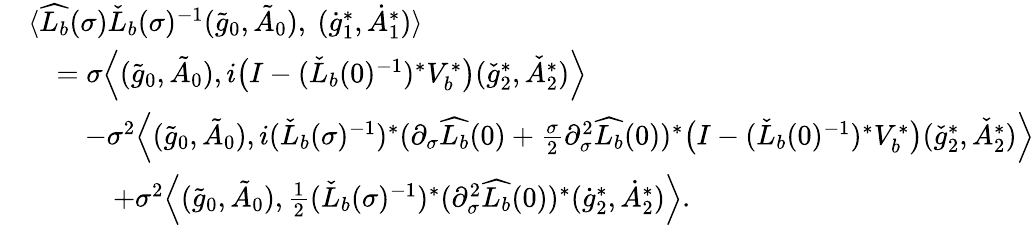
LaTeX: \begin{array}{rl}&{\langle\widehat{L_{b}}(\sigma)\check{L}_{b}(\sigma)^{-1}(\tilde{g}_{0},\tilde{A}_{0}),\ (\dot{g}_{1}^{*},\dot{A}_{1}^{*})\rangle}\\ &{\quad=\sigma\Big\langle(\tilde{g}_{0},\tilde{A}_{0}),i\big(I-(\check{L}_{b}(0)^{-1})^{*}V_{b}^{*}\big)(\check{g}_{2}^{*},\check{A}_{2}^{*})\Big\rangle}\\ &{\quad\quad-\sigma^{2}\Big\langle(\tilde{g}_{0},\tilde{A}_{0}),i(\check{L}_{b}(\sigma)^{-1})^{*}(\partial_{\sigma}\widehat{L_{b}}(0)+\frac{\sigma}{2}\partial_{\sigma}^{2}\widehat{L_{b}}(0))^{*}\big(I-(\check{L}_{b}(0)^{-1})^{*}V_{b}^{*}\big)(\check{g}_{2}^{*},\check{A}_{2}^{*})\Big\rangle}\\ &{\quad\quad\quad+\sigma^{2}\Big\langle(\tilde{g}_{0},\tilde{A}_{0}),\frac{1}{2}(\check{L}_{b}(\sigma)^{-1})^{*}(\partial_{\sigma}^{2}\widehat{L_{b}}(0))^{*}(\dot{g}_{2}^{*},\dot{A}_{2}^{*})\Big\rangle.}\end{array}